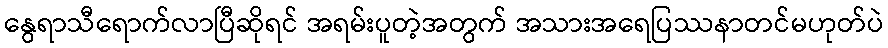
နွေရာသီရောက်လာပြီဆိုရင် အရမ်းပူတဲ့အတွက် အသားအရေပြဿနာတင်မဟုတ်ပဲ